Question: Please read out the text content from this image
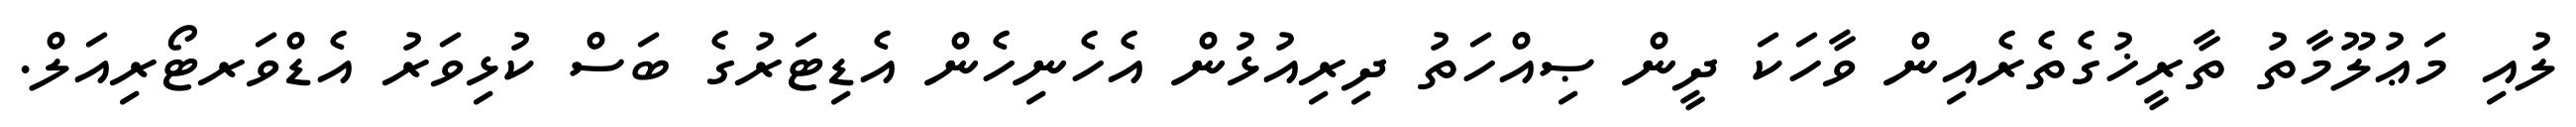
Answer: ލުއި މަޢުލޫމާތު ތާރީޚުގެތެރެއިން ވާހަކަ ދީން ޞިއްހަތު ދިރިއުޅުން އެހެނިހެން އެޑިޓަރުގެ ބަސް ކުޅިވަރު އެޑްވަރޓޯރިއަލް.